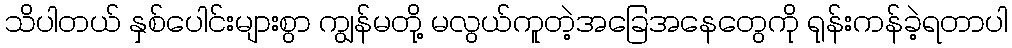
သိပါတယ် နှစ်ပေါင်းများစွာ ကျွန်မတို့ မလွယ်ကူတဲ့အခြေအနေတွေကို ရုန်းကန်ခဲ့ရတာပါ